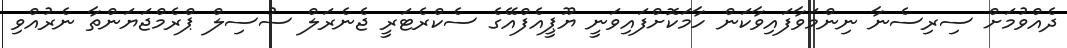
ދެއްވުމަށް ސިރިސެނާ ނިންމަވާފައިވާކަން ހާމަކޮށްފައިވަނީ ޔޫޕީއެފްއޭގެ ސެކްރެޓަރީ ޖެނެރަލް ސުސިލް ޕްރެމްޖަޔަންތާ ނެރުއްވި